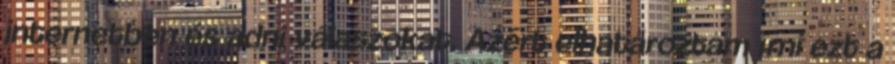
internetben és adni válaszokat. Azért elhatároztam írni ezt a